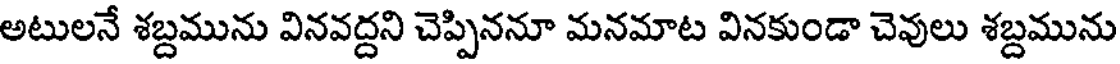
అటులనే శబ్దమును వినవద్దని చెప్పిననూ మనమాట వినకుండా చెవులు శబ్దమును